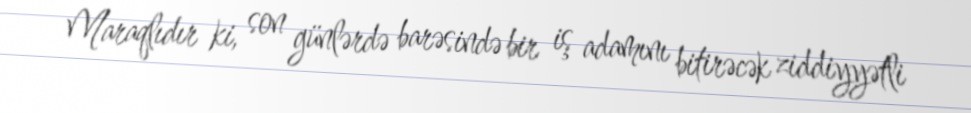
Maraqlıdır ki, son günlərdə barəsində bir iş adamını bitirəcək ziddiyyətli